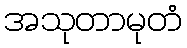
အသုတာမုတံ